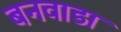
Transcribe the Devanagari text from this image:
बनवाडा